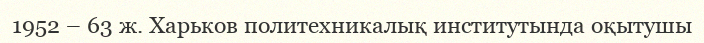
1952 – 63 ж. Харьков политехникалық институтында оқытушы